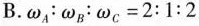
B.$$\omega _{A}:\omega _{B}:\omega _{C}=2:1:2$$